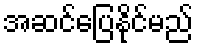
အဆင်ပြေနိုင်မည်